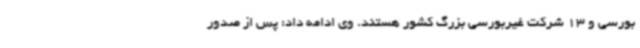
بورسی و 13 شرکت غیربورسی بزرگ کشور هستند. وی ادامه داد: پس از صدور